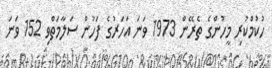
ހުކުމްކުރި މީހުންގެ ތެރޭން 1973 ވަނަ އަހަރުގެ ފަހުން ސަލާމަތްވި 152 ވަަނަ